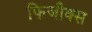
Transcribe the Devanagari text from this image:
फिजीक्स